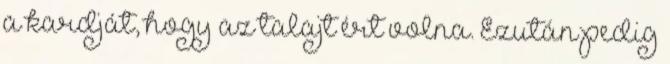
a kardját, hogy az talajt ért volna. Ezután pedig